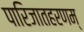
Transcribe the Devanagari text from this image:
पारिजातहरणम्